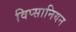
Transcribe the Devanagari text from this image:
विप्सानियन